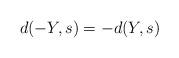
LaTeX: \begin{align*}d(-Y,s)=-d(Y,s)\end{align*}